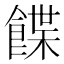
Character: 䭎